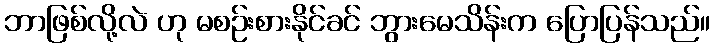
ဘာဖြစ်လို့လဲ ဟု မစဉ်းစားနိုင်ခင် ဘွားမေသိန်းက ပြောပြန်သည်။